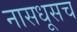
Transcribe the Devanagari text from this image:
नासधूसच